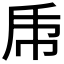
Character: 𠂰